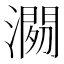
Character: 𱩓